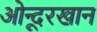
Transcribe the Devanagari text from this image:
ओन्दूरखान